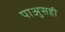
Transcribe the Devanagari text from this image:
पाअुसही